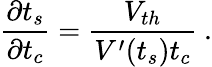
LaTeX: \frac{\partial t_{s}}{\partial t_{c}}=\frac{V_{th}}{V^{\prime}(t_{s})t_{c}}~.